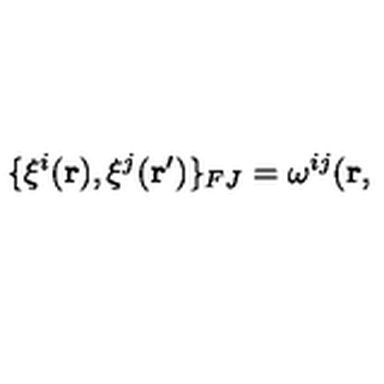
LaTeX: \{ \xi ^ { i } ( { \bf r } ) , \xi ^ { j } ( { \bf r ^ { \prime } } ) \} _ { F J } = \omega ^ { i j } ( { \bf r } ,